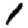
Digit: 1